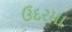
ઉદરમા